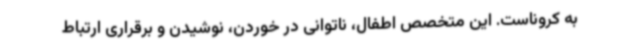
به کروناست. این متخصص اطفال، ناتوانی در خوردن، نوشیدن و برقراری ارتباط